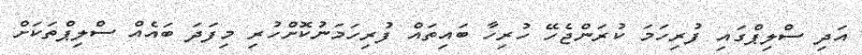
އަދި ސްލިޕްގައި ފުރިހަމަ ކުރަންޖެހޭ ހުރިހާ ބައިތައް ފުރިހަމަނުކޮށްހުރި މިފަދަ ބައެއް ސްލިޕްތަކަށް